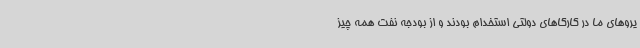
یروهای ما در کارگاهای دولتی استخدام بودند و از بودجه نفت همه چیز